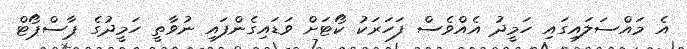
އެ މައްސަލައިގައި ހަމީދު އެއްވެސް ފަހަރަކު ކޯޓަށް ވަޑައިގެންފައި ނުވާތީ ހަމީދުގެ ޕާސްޕޯޓް